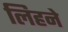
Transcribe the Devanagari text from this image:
लिहने